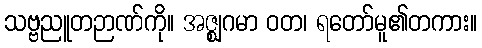
သဗ္ဗညူတဉာဏ်ကို။ အဇ္ဈဂမာ ဝတ၊ ရတော်မူ၏တကား။